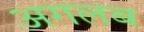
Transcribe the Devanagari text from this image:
अगलब